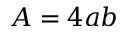
A = 4 a b